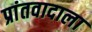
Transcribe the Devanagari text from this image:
प्रांतवादाला